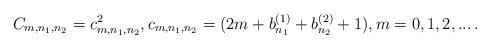
LaTeX: \begin{align*}C_{m,n_1,n_2}=c_{m,n_1,n_2}^2, c_{m,n_1,n_2}=(2 m +b_{n_1}^{(1)}+ b_{n_2}^{(2)}+1),m=0,1,2,...\,.\end{align*}